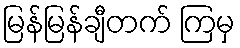
မြန်မြန်ချီတက် ကြမှ